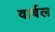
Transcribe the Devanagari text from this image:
वार्बल